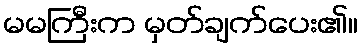
မမကြီးက မှတ်ချက်ပေး၏။